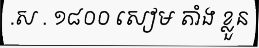
.ស . ១៨០០ សៀម តាំង ខ្លួន